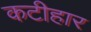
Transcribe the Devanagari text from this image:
कटीहार